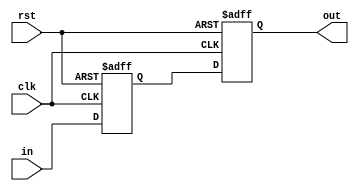
// This program was cloned from: https://github.com/DigitalDesignSchool/ce2020labs
// License: MIT License

module sync2
(
    input      clk,
    input      rst,
    input      in,
    output reg out
);

    reg r;

    always @ (posedge clk or posedge rst)
        if (rst)
            { out, r } <= 0;
        else
            { out, r } <= { r, in };

endmodule